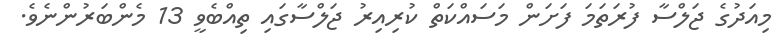
މިއަދުގެ ޖަލްސާ ފުރަތަމަ ފަށަން މަސައްކަތް ކުރިއިރު ޖަލްސާގައި ތިއްބެވީ 13 މެންބަރުންނެވެ.